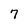
Character: 7